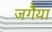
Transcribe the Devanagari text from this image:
जगैया